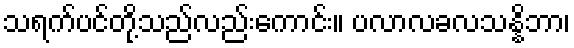
သရက်ပင်တို့သည်လည်းကောင်း။ ပလာလခလသန္နိဘာ၊